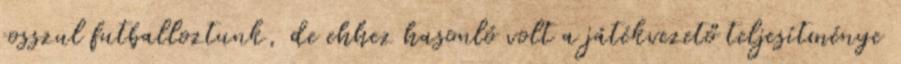
rosszul futballoztunk, de ehhez hasonló volt a játékvezető teljesítménye